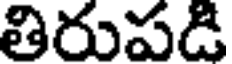
తిరుపడి